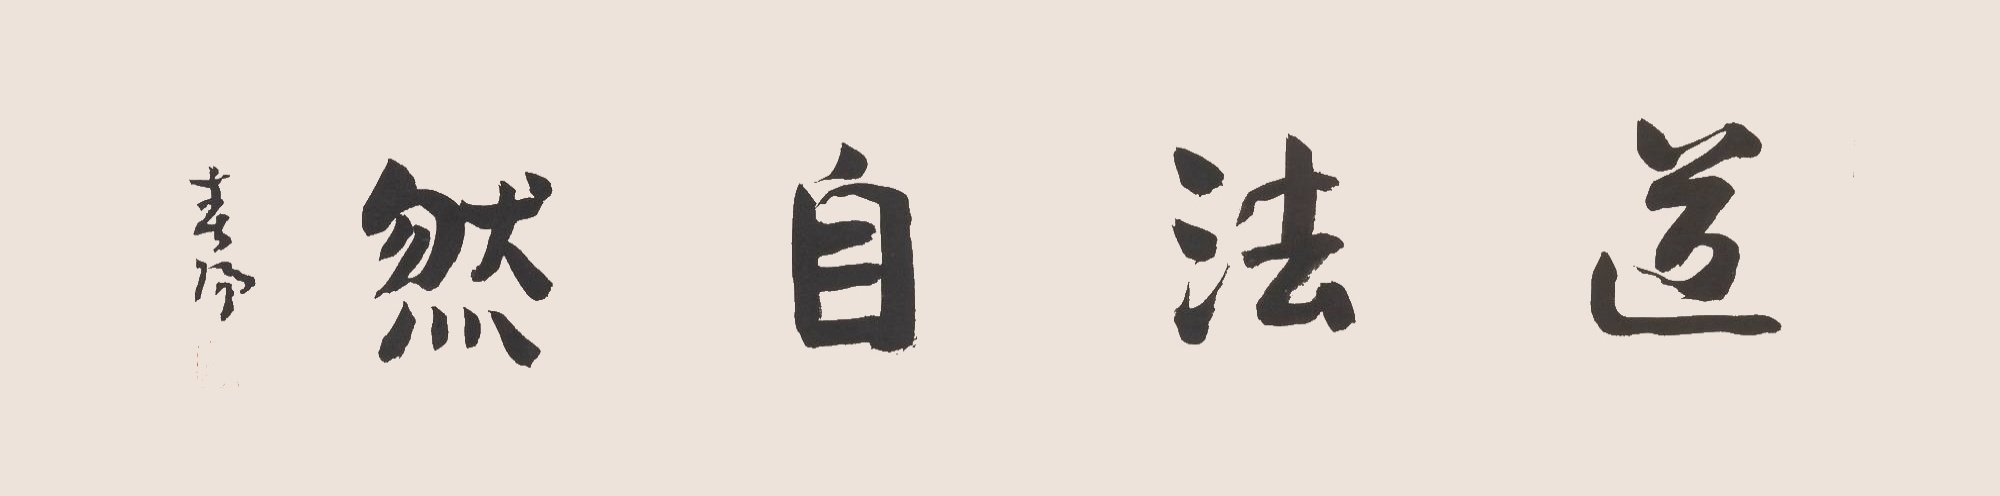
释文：道法自然霍春阳